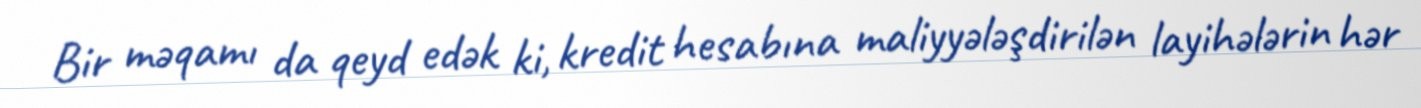
Bir məqamı da qeyd edək ki, kredit hesabına maliyyələşdirilən layihələrin hər